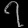
Digit: ၇